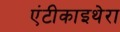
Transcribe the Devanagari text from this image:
एंटीकाइथेरा